Civil Veterinary Department. United Provinces 1912-22 - 1912-1922
Year: 1912
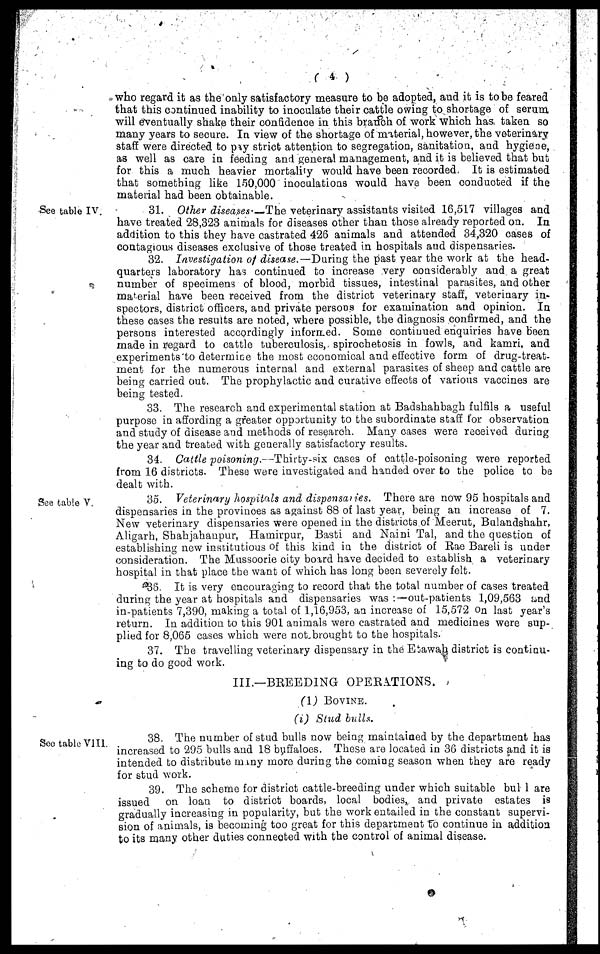
(4)
who regard it as the only satisfactory measure to be adopted, and it is to be feared
that this continued inability to inoculate their cattle owing to shortage of serum
will eventually shake their confidence in this branch of work which has taken so
many years to secure. In view of the shortage of material, however, the veterinary
staff were directed to pay strict attention to segregation, sanitation, and hygiene,
as well as care in feeding and general management, and it is believed that but
for this a much heavier mortality would have been recorded. It is estimated
that something like 150,000 inoculations would have been conducted if the
material had been obtainable.
See table IV.
31. Other diseases-—The veterinary assistants visited 16,517 villages and
have treated 28,323 animals for diseases other than those already reported on. In
addition to this they have castrated 426 animals and attended 34,320 cases of
contagious diseases exclusive of those treated in hospitals and dispensaries.
32. Investigation of disease.—During the past year the work at the head-
quarters laboratory has continued to increase very considerably and a great
number of specimens of blood, morbid tissues, intestinal parasites, and other
material have been received from the district veterinary staff, veterinary in-
spectors, district officers, and private persons for examination and opinion. In
these cases the results are noted, where possible, the diagnosis confirmed, and the
persons interested accordingly informed. Some continued enquiries have been
made in regard to cattle tuberculosis, spirochetosis in fowls, and kamri, and
experiments to determine the most economical and effective form of drug-treat-
ment for the numerous internal and external parasites of sheep and cattle are
being carried out. The prophylactic and curative effects of various vaccines are
being tested.
33. The research and experimental station at Badshahbagh fulfils a useful
purpose in affording a greater opportunity to the subordinate staff for observation
and study of disease and methods of research. Many cases were received during
the year and treated with generally satisfactory results.
34. Cattle poisoning.—Thirty-six cases of cattle-poisoning were reported
from 16 districts. These were investigated and handed over to the police to be
dealt with.
See table V.
35. Veterinary hospitals and dispensaries. There are now 95 hospitals and
dispensaries in the provinces as against 88 of last year, being an increase of 7.
New veterinary dispensaries were opened in the districts of Meerut, Bulandshahr,
Aligarh, Shahjahanpur, Hamirpur, Basti and Naini Tal, and the question of
establishing new institutious of this kind in the district of Rae Bareli is under
consideration. The Mussoorie city board have decided to establish a veterinary
hospital in that place the want of which has long been severely felt.
36. It is very encouraging to record that the total number of cases treated
during the year at hospitals and dispensaries was :—out-patients 1,09,563 and
in-patients 7,390, making a total of 1,16,953, an increase of 15,572 On last year's
return. In addition to this 901 animals were castrated and medicines were sup-
plied for 8,065 cases which were not brought to the hospitals.
37. The travelling veterinary dispensary in the Etawab district is continu-
ing to do good work.
III.—BREEDING OPERATIONS.
(1) BOVINE.
(i) Stud bulls.
See table VIII.
38. The number of stud bulls now being maintained by the department has
increased to 295 bulls and 18 buffaloes. These are located in 36 districts and it is
intended to distribute many more during the coming season when they are ready
for stud work.
39. The scheme for district cattle-breeding under which suitable bul 1 are
issued on loan to district boards, local bodies, and private estates is
gradually increasing in popularity, but the work entailed in the constant supervi-
sion of animals, is becoming too great for this department to continue in addition
to its many other duties connected with the control of animal disease.